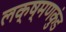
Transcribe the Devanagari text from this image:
लक्ष्मणकुंड